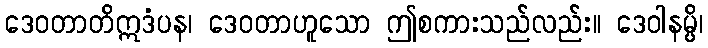
ဒေဝတာတိဣဒံပန၊ ဒေဝတာဟူသော ဤစကားသည်လည်း။ ဒေဝါနမ္ပိ၊